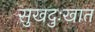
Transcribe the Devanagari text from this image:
सुखदुःखात